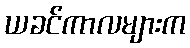
ယခင်ကာလများက